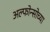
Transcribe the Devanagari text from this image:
अल्फोन्सोच्या